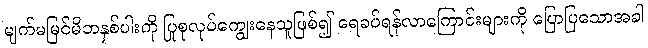
မျက်မမြင်မိဘနှစ်ပါးကို ပြုစုလုပ်ကျွေးနေသူဖြစ်၍ ရေခပ်ရန်လာကြောင်းများကို ပြောပြသောအခါ